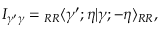
I _ { \gamma ^ { \prime } \gamma } = { } _ { R R } \langle \gamma ^ { \prime } ; \eta | \gamma ; - \eta \rangle _ { R R } ,